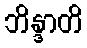
ဘိန္ဒာတိ